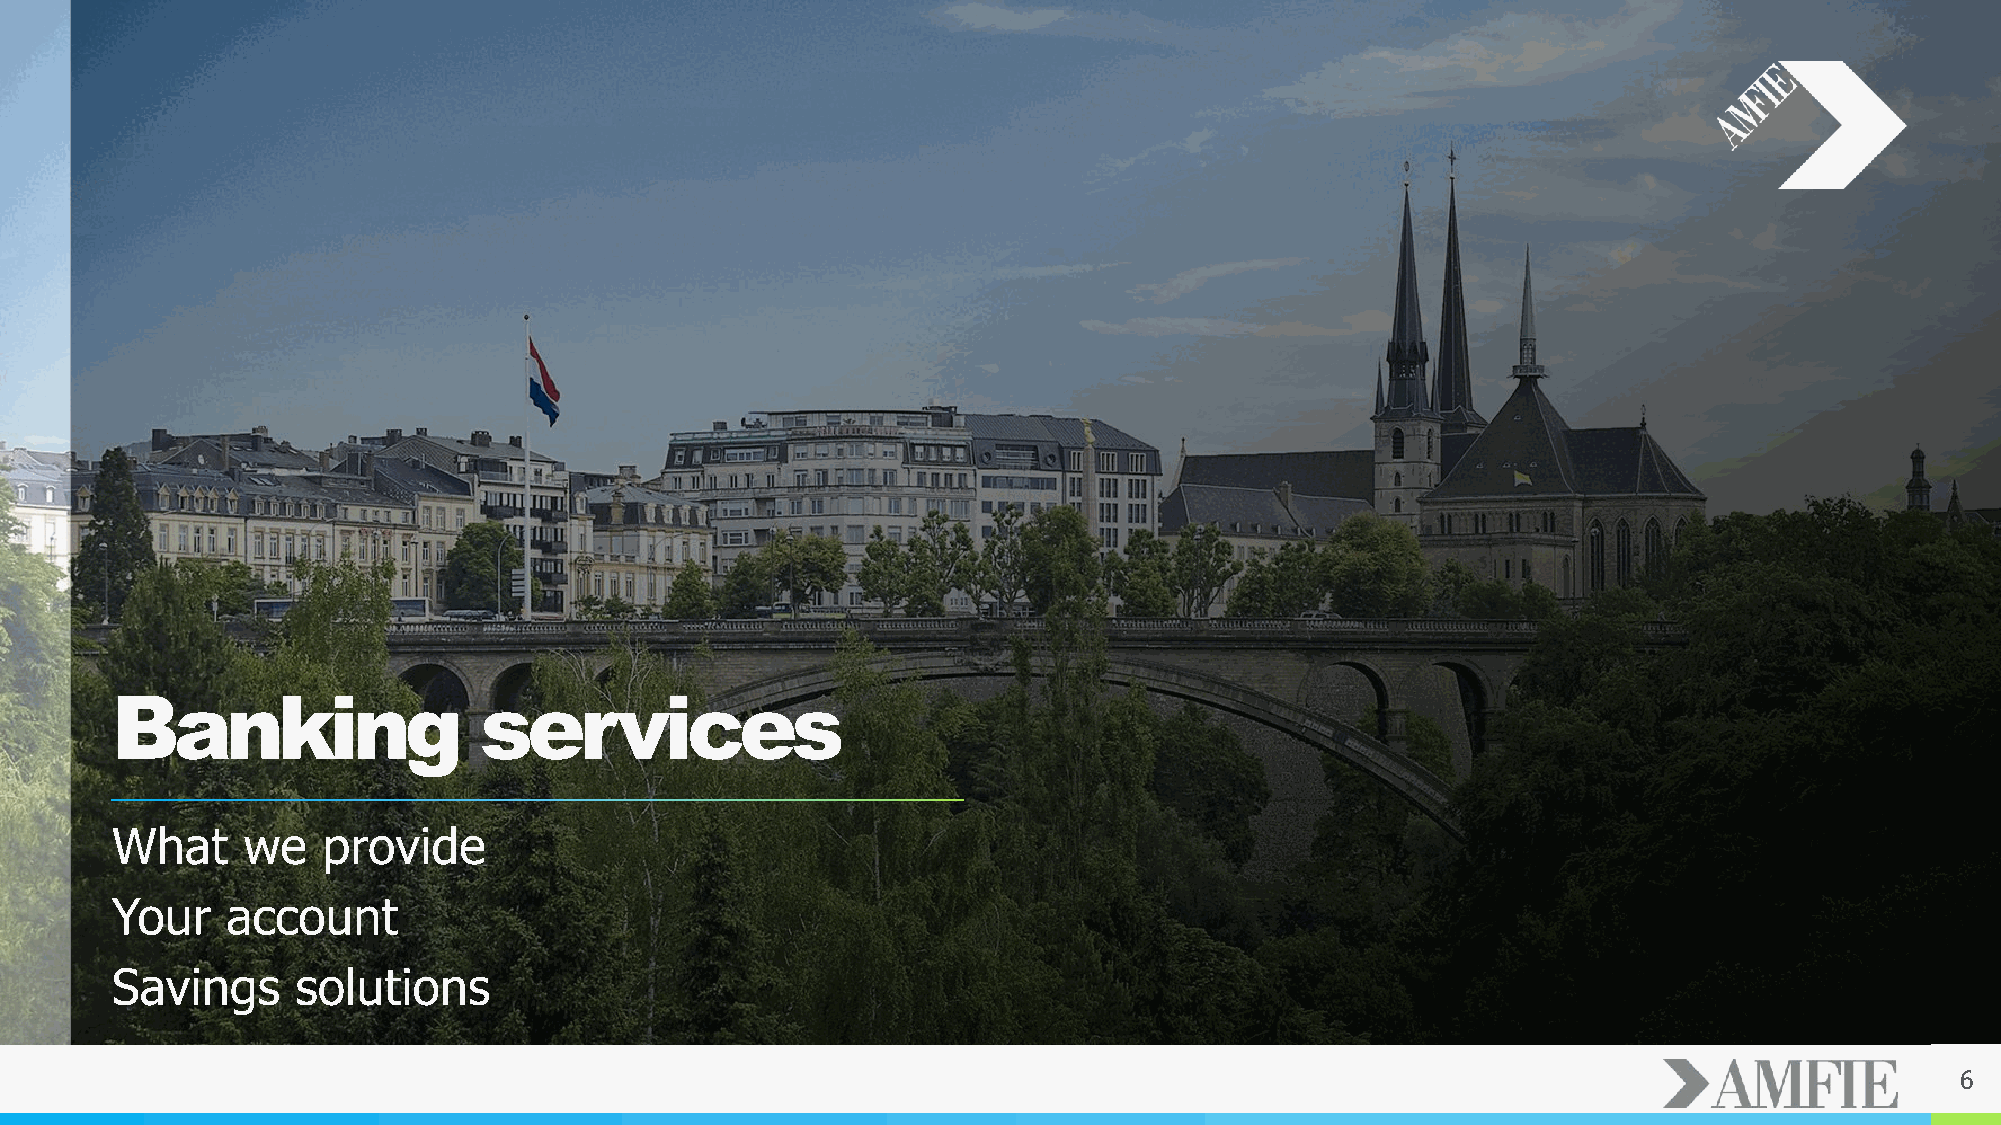
Banking                  services
 What     we   provide
 Your    account
 Savings      solutions
 6